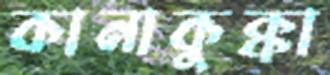
কানাকুক্কা